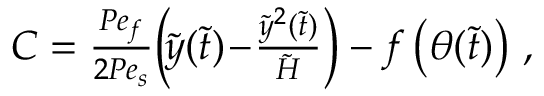
\begin{array} { r } { C = \frac { P e _ { f } } { 2 P e _ { s } } \bigg ( \! \tilde { y } ( \tilde { t } ) \! - \! \frac { \tilde { y } ^ { 2 } ( \tilde { t } ) } { \tilde { H } } \bigg ) - f \left( \theta ( \tilde { t } ) \right) \, , } \end{array}